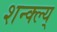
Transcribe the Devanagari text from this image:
शन्क्ल्य्